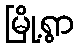
မြို့ရွာ